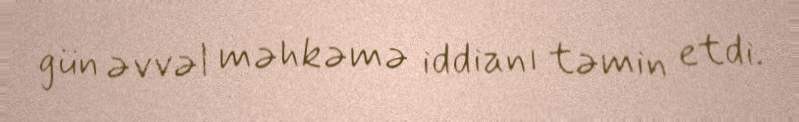
gün əvvəl məhkəmə iddianı təmin etdi.